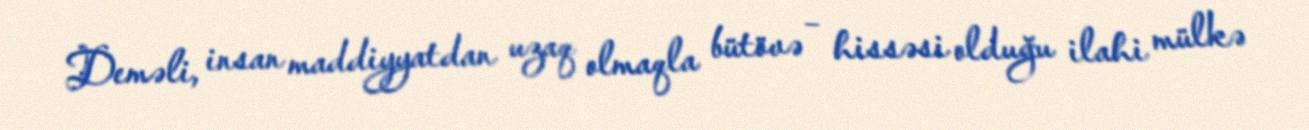
Deməli, insan maddiyyatdan uzaq olmaqla bütövə – hissəsi olduğu ilahi mülkə